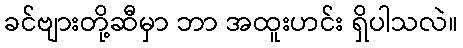
ခင်ဗျားတို့ဆီမှာ ဘာ အထူးဟင်း ရှိပါသလဲ။